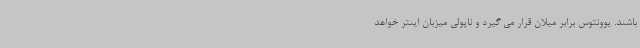
باشند. یوونتوس برابر میلان قرار می گیرد و ناپولی میزبان اینتر خواهد